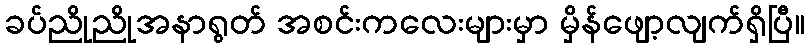
ခပ်ညိုညိုအနာရွတ် အစင်းကလေးများမှာ မှိန်ဖျော့လျက်ရှိပြီ။